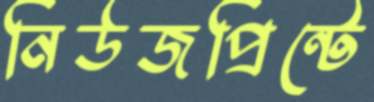
নিউজপ্রিন্টে